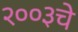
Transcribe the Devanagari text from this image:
२००३चे